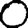
Digit: 0